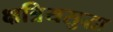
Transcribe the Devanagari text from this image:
क्षत्रियसुद्धा